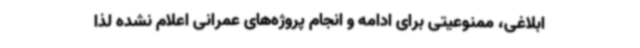
ابلاغی، ممنوعیتی برای ادامه و انجام پروژه‌های عمرانی اعلام نشده لذا